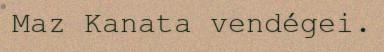
Maz Kanata vendégei.